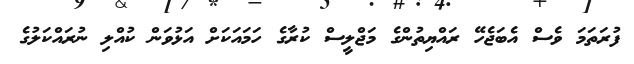
ފުރަތަމަ ވެސް އެބަޖެހޭ ރައްޔިތުންގެ މަޖްލީސް ކުރާގެ ހަމައަކަށް އަޅުވަން ކުއްލި ނުރައްކަލުގެ